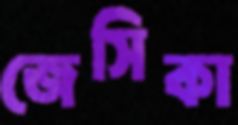
জেসিকা